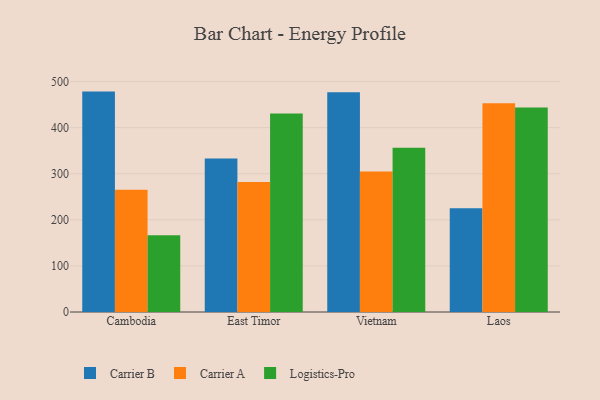
{"axis": {"x": "Country", "y": "Revenue (USD Million)"}, "legend": ["Carrier A", "Carrier B", "Logistics-Pro"], "data": [{"x": "Cambodia", "y": 478.3, "type": "Carrier B"}, {"x": "Cambodia", "y": 265.1, "type": "Carrier A"}, {"x": "Cambodia", "y": 166.3, "type": "Logistics-Pro"}, {"x": "East Timor", "y": 332.9, "type": "Carrier B"}, {"x": "East Timor", "y": 282.1, "type": "Carrier A"}, {"x": "East Timor", "y": 430.6, "type": "Logistics-Pro"}, {"x": "Vietnam", "y": 477.1, "type": "Carrier B"}, {"x": "Vietnam", "y": 304.9, "type": "Carrier A"}, {"x": "Vietnam", "y": 356.5, "type": "Logistics-Pro"}, {"x": "Laos", "y": 225.1, "type": "Carrier B"}, {"x": "Laos", "y": 452.9, "type": "Carrier A"}, {"x": "Laos", "y": 444.0, "type": "Logistics-Pro"}]}